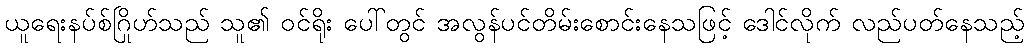
ယူရေးနပ်စ်ဂြိုဟ်သည် သူ၏ ဝင်ရိုး ပေါ်တွင် အလွန်ပင်တိမ်းစောင်းနေသဖြင့် ဒေါင်လိုက် လည်ပတ်နေသည့်